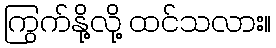
ကြွက်နို့လို့ ထင်သလား။